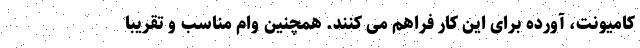
کامیونت، آورده برای این کار فراهم می کنند. همچنین وام مناسب و تقریبا